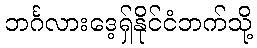
ဘင်္ဂလားဒေ့ရှ်နိုင်ငံဘက်သို့